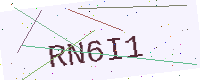
Text: RN6I1